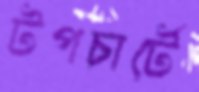
টপচার্টে